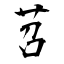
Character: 苕